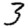
Digit: 3